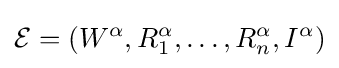
{\mathcal {E}}=(W^{\alpha },R_{1}^{\alpha },\ldots ,R_{n}^{\alpha },I^{\alpha })